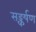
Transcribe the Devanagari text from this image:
सङ्कर्षण